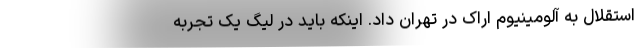
استقلال به آلومینیوم اراک در تهران داد. اینکه باید در لیگ یک تجربه